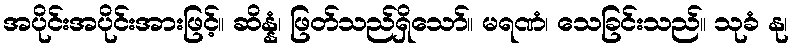
အပိုင်းအပိုင်းအားဖြင့်။ ဆိန္နံ၊ ဖြတ်သည်ရှိသော်။ မရဏံ၊ သေခြင်းသည်။ သုခံ နု၊